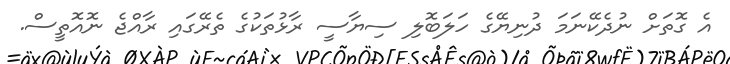
އެ ގޮތަށް ނުދެކޭނަމަ ދުނިޔޭގެ ހަލަބޮލި ސިޔާސީ ރާޅުތަކުގެ ތެރޭގައި ރާއްޖެ ނޮއޮތީސް.